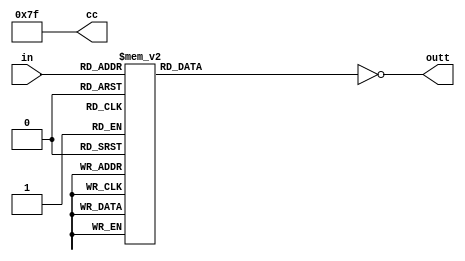
`timescale 1ns / 1ps
//////////////////////////////////////////////////////////////////////////////////
// Company: 
// Engineer: 
// 
// Design Name: 
// Module Name: seven_segment_displaydriver
// Project Name: 
// Target Devices: 
// Tool Versions: 
// Description: 
// 
// Dependencies: 
// 
// Revision:
// Revision 0.01 - File Created
// Additional Comments:
// 
//////////////////////////////////////////////////////////////////////////////////


module seven_segment_displaydriver(in, outt, cc);
input wire [3:0] in;
output [6:0] outt;
output reg [7:0] cc;
reg [6:0] out;

always@(*)
begin
cc = 8'b01111111;
    case(in)
    4'b0000: out = 7'b0111111;
    4'b0001: out = 7'b0110000;
    4'b0010: out = 7'b1011011;
    4'b0011: out = 7'b1001111;
    4'b0100: out = 7'b1100110;
    4'b0101: out = 7'b1101101;
    4'b0110: out = 7'b1111101;
    4'b0111: out = 7'b0000111;
    4'b1000: out = 7'b1111111;
    4'b1001: out = 7'b1100111; 
    default: out = 7'bzzzzzzz;
    
    
    endcase 



end 

assign outt = ~(out);
endmodule